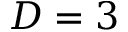
D = 3